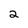
Character: 2